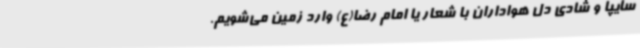
سایپا و شادی دل هواداران با شعار یا امام رضا(ع) وارد زمین می‌شویم.